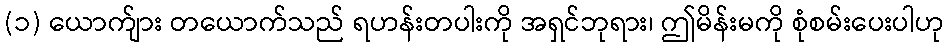
(၁) ယောက်ျား တယောက်သည် ရဟန်းတပါးကို အရှင်ဘုရား၊ ဤမိန်းမကို စုံစမ်းပေးပါဟု